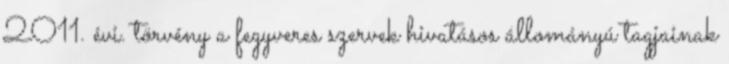
2011. évi. törvény a fegyveres szervek hivatásos állományú tagjainak